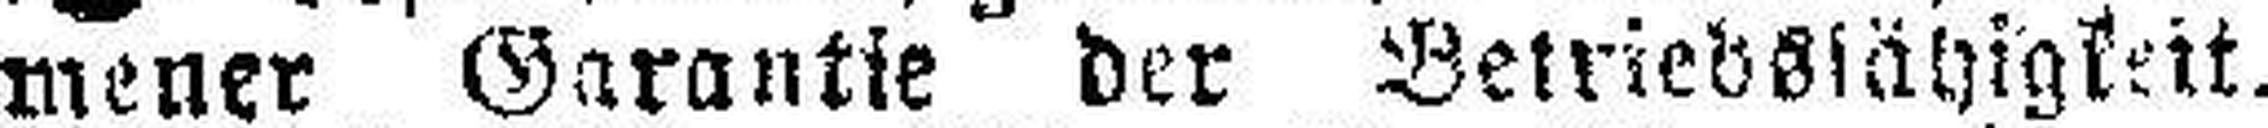
mener Garantie der Betriebsfähigkeit.